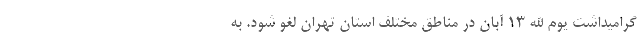
گرامیداشت یوم الله ۱۳ آبان در مناطق مختلف استان تهران لغو شود. به